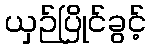
ယှဉ်ပြိုင်ခွင့်